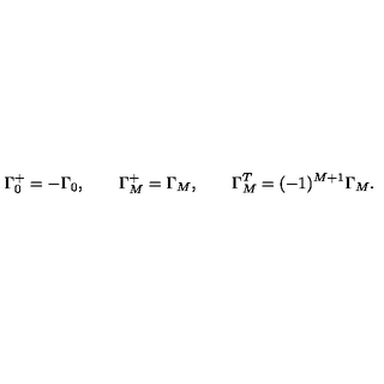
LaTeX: \Gamma _ { 0 } ^ { + } = - \Gamma _ { 0 } , \qquad \Gamma _ { M } ^ { + } = \Gamma _ { M } , \qquad \Gamma _ { M } ^ { T } = ( - 1 ) ^ { M + 1 } \Gamma _ { M } .